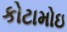
કોટામોઇ